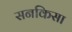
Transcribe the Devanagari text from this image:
सनकिसा